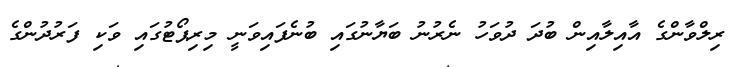
ރިލްވާންގެ އާއިލާއިން ބުދަ ދުވަހު ނެރުނު ބަޔާނުގައި ބުނެފައިވަނީ މިރިޕޯޓުގައި ވަކި ފަރުދުންގެ